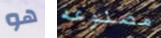
هو مصنوعه